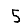
Digit: 5